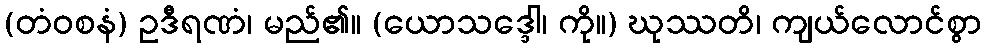
(တံဝစနံ) ဥဒီရဏံ၊ မည်၏။ (ယောသဒ္ဒေါ၊ ကို။) ဃုဿတိ၊ ကျယ်လောင်စွာ